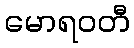
မောရဝတီ